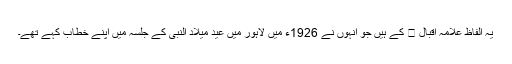
یہ الفاظ علامہ اقبال  کے ہیں جو انہوں نے 1926ء میں لاہور میں عید میلاد النبی کے جلسہ میں اپنے خطاب کہے تھے۔